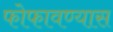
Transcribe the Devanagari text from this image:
फोफावण्यास